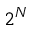
2 ^ { N }